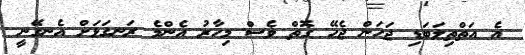
އެ އަތްތިލަބަޑި ޖަހަން ޖެހޭ ގޮތް ވެސް މިހާރު އެންމެ ރަނގަޅަށް އެނގޭނީ